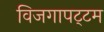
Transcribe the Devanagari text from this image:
विजगापट्‌टम